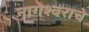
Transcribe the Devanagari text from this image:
नागेेश्वराचे